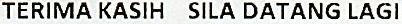
TERIMA KASIH SILA DATANG LAGI